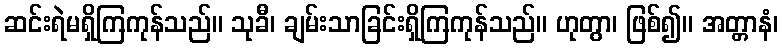
ဆင်းရဲမရှိကြကုန်သည်။ သုခီ၊ ချမ်းသာခြင်းရှိကြကုန်သည်။ ဟုတွာ၊ ဖြစ်၍။ အတ္တာနံ၊